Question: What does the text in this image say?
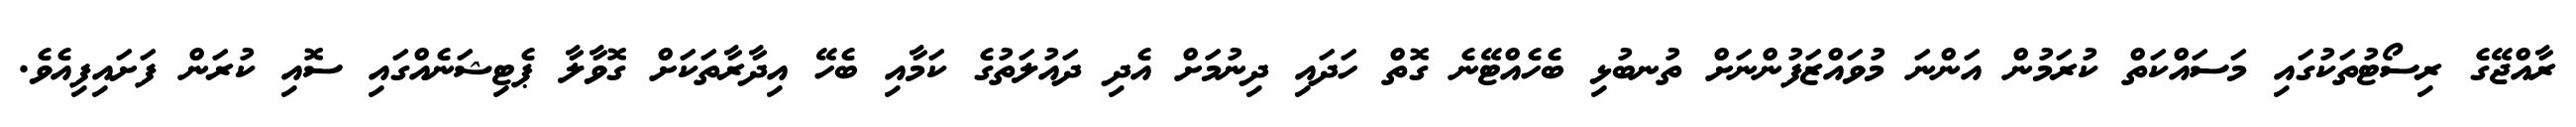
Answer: ރާއްޖޭގެ ރިސޯޓުތަކުގައި މަސައްކަތް ކުރަމުން އަންނަ މުވައްޒަފުންނަށް ތުނބުޅި ބެހެއްޓޭނެ ގޮތް ހަދައި ދިނުމަށް އެދި ދައުލަތުގެ ކަމާއި ބެހޭ އިދާރާތަކަށް ގޮވާލާ ޕެޓިޝަނެއްގައި ސޮއި ކުރަން ފަށައިފިއެވެ.